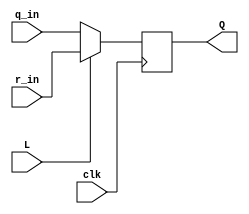
module top_module (
	input clk,
	input L,
	input r_in,
	input q_in,
	output reg Q
);

wire q_nxt = L ? r_in : q_in;
always @(posedge clk) Q <= q_nxt;

endmodule